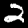
Label: 2